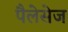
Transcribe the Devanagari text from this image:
पैलेसेज